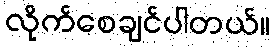
လိုက်စေချင်ပါတယ်။